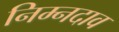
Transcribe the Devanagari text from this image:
निम्नदाव